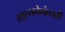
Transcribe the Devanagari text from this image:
मान्यनेनंतरही